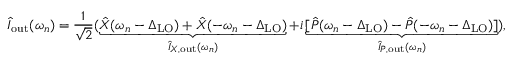
\hat { I } _ { \mathrm { o u t } } ( \omega _ { n } ) = \frac { 1 } { \sqrt { 2 } } ( \underbrace { \hat { X } ( \omega _ { n } - \Delta _ { \mathrm { L O } } ) + \hat { X } ( - \omega _ { n } - \Delta _ { \mathrm { L O } } ) } _ { \hat { I } _ { X , \mathrm { o u t } } ( \omega _ { n } ) } + i \underbrace { [ \hat { P } ( \omega _ { n } - \Delta _ { \mathrm { L O } } ) - \hat { P } ( - \omega _ { n } - \Delta _ { \mathrm { L O } } ) ] } _ { \hat { I } _ { P , \mathrm { o u t } } ( \omega _ { n } ) } ) ,